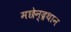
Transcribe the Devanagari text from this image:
मछेन्‍द्रथान